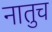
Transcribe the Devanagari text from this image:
नातुच